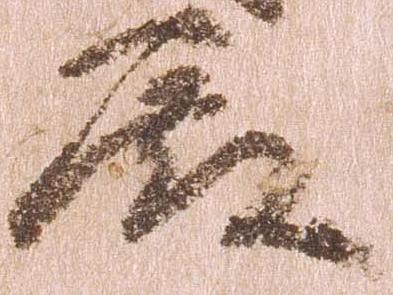
殿